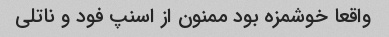
واقعا خوشمزه بود ممنون از اسنپ فود و ناتلی